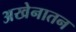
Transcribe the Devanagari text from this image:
अखेनातन